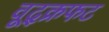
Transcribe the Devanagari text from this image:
वूद्क्रफट